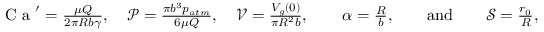
\begin{array} { r } { \textrm { C a } ^ { \prime } = \frac { \mu Q } { 2 \pi R b \gamma } , \quad \mathcal { P } = \frac { \pi b ^ { 3 } p _ { a t m } } { 6 \mu Q } , \quad \mathcal { V } = \frac { V _ { g } ( 0 ) } { \pi R ^ { 2 } b } , \qquad \alpha = \frac { R } { b } , \qquad \mathrm { a n d } \qquad \mathcal { S } = \frac { r _ { 0 } } { R } , } \end{array}